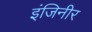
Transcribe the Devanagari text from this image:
इंजिनीर